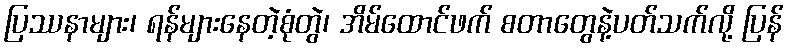
ပြဿနာများ၊ ရန်များနေတဲ့စုံတွဲ၊ အိမ်ထောင်ဖက် စတာတွေနဲ့ပတ်သက်လို့ ပြန်